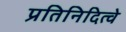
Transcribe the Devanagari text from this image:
प्रतिनिदित्वे